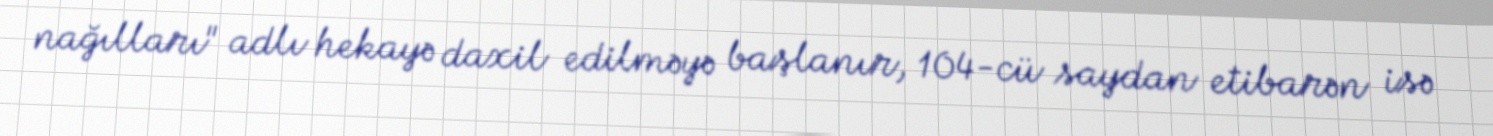
nağılları" adlı hekayə daxil edilməyə başlanır, 104-cü saydan etibarən isə